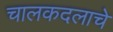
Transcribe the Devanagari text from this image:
चालकदलाचे